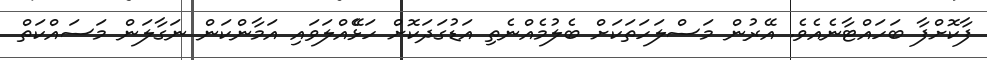
ފާކޮށްފާ ބަހައްޓާނެއެވެ. އޭރުން މަސްލަހަތަކަށް ބެލުމެއްނެތި އަޑުގަދަކޮށް ހަޅެޭއްލަވައި އަމާންކަން ނަގާލަން މަސައްކަތް